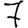
Digit: 7